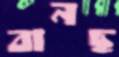
বানছ